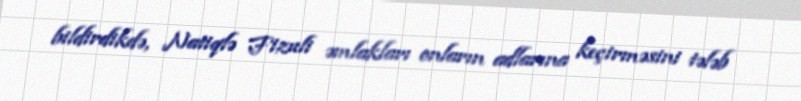
bildirdikdə, Natiqlə Fizuli əmlakları onların adlarına keçirməsini tələb